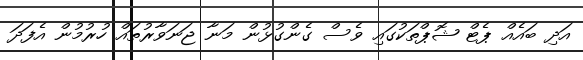
އަދި ބައެއް ޕެޓް ޝޮޕްތަކުގައި ވެސް ގެންގުޅުން މަނާ ޖަނަވާރުތައް ހުރުމުން އެފަދަ